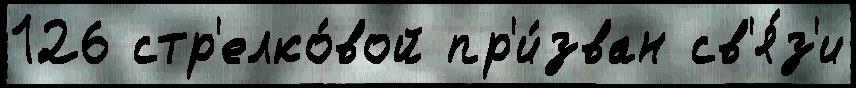
126 стр'елко́вой пр'и́зван св'я́з'и